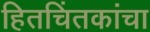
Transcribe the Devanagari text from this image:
हितचिंतकांचा